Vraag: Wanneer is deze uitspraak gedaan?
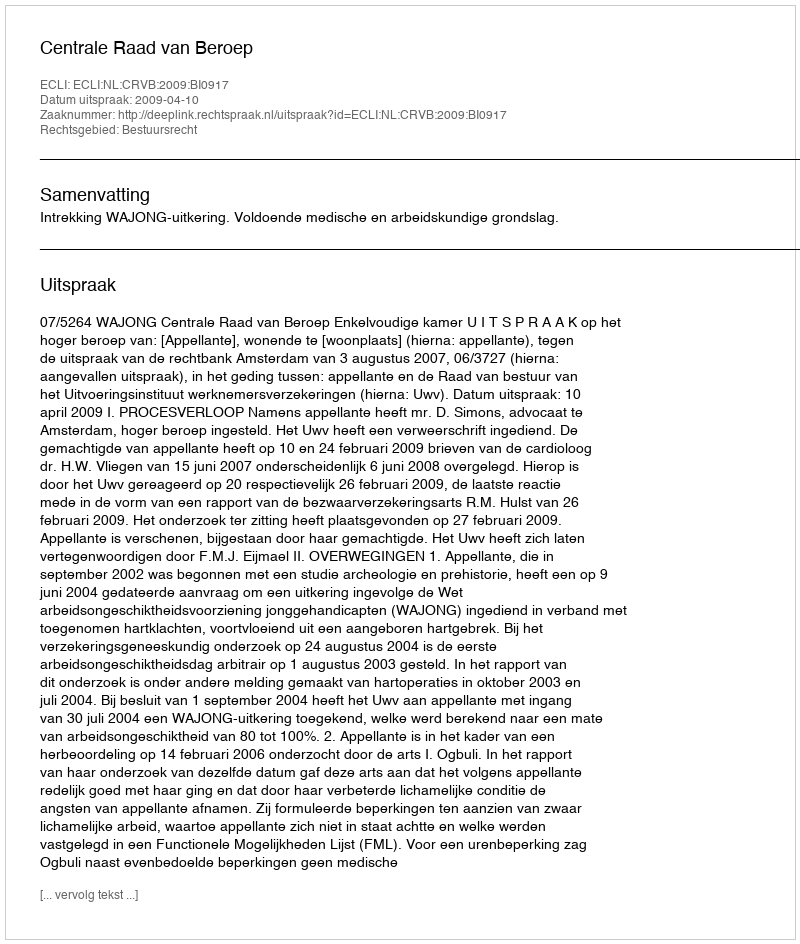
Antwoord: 2009-04-10